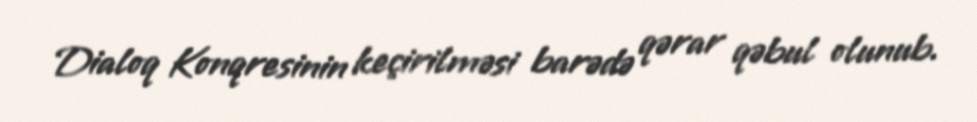
Dialoq Konqresinin keçirilməsi barədə qərar qəbul olunub.